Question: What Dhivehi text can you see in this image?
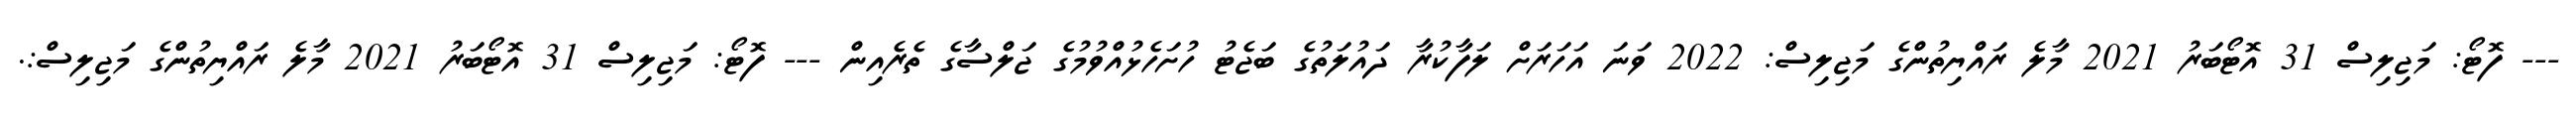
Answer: --- ފޮޓޯ: މަޖިލިސް 31 އޮޓޯބަރު 2021 މާލެ ރައްޔިތުންގެ މަޖިލިސް: 2022 ވަނަ އަހަރަށް ލަފާކުރާ ދައުލަތުގެ ބަޖެޓު ހުށަހެޅުއްވުމުގެ ޖަލްސާގެ ތެރެއިން --- ފޮޓޯ: މަޖިލިސް 31 އޮޓޯބަރު 2021 މާލެ ރައްޔިތުންގެ މަޖިލިސް:.